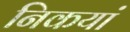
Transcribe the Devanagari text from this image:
निकयां